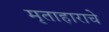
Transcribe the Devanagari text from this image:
मृताहाराचे